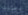
وصيته